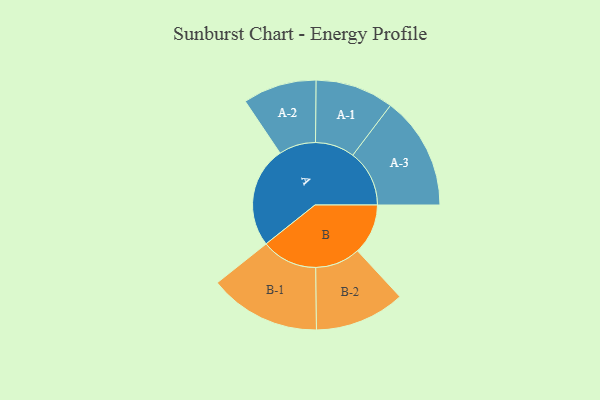
{"axis": {"x": "Segment", "y": "Value"}, "legend": ["", "A", "B"], "data": [{"x": "A", "y": 415, "type": ""}, {"x": "B", "y": 207, "type": ""}, {"x": "A-1", "y": 161, "type": "A"}, {"x": "A-2", "y": 151, "type": "A"}, {"x": "A-3", "y": 232, "type": "A"}, {"x": "B-1", "y": 229, "type": "B"}, {"x": "B-2", "y": 185, "type": "B"}]}